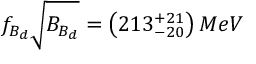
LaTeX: f _ { B _ { d } } \sqrt { B _ { B _ { d } } } = \left( 2 1 3 _ { - 2 0 } ^ { + 2 1 } \right) M e V